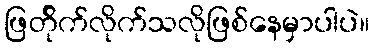
ဖြတ်ိုက်လိုက်သလိုဖြစ်နေမှာပါပဲ။